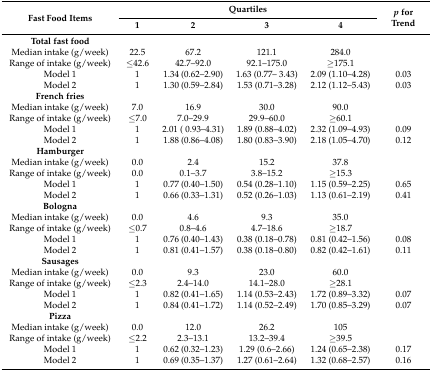
<table><thead><tr><td rowspan="2"><b>Fast Food Items</b></td><td colspan="4"><b>Quartiles</b></td><td rowspan="2"><b><i>p</i> for Trend</b></td></tr><tr><td><b>1</b></td><td><b>2</b></td><td><b>3</b></td><td><b>4</b></td></tr></thead><tbody><tr><td><b>Total fast food</b></td><td></td><td></td><td></td><td></td><td></td></tr><tr><td>Median intake (g/week)</td><td>22.5</td><td>67.2</td><td>121.1</td><td>284.0</td><td></td></tr><tr><td>Range of intake (g/week)</td><td>≤42.6</td><td>42.7–92.0</td><td>92.1–175.0</td><td>≥175.1</td><td></td></tr><tr><td>Model 1</td><td>1</td><td>1.34 (0.62–2.90)</td><td>1.63 (0.77– 3.43)</td><td>2.09 (1.10–4.28)</td><td>0.03</td></tr><tr><td>Model 2</td><td>1</td><td>1.30 (0.59–2.84)</td><td>1.53 (0.71–3.28)</td><td>2.12 (1.12–5.43)</td><td>0.03</td></tr><tr><td><b>French fries</b></td><td></td><td></td><td></td><td></td><td></td></tr><tr><td>Median intake (g/week)</td><td>7.0</td><td>16.9</td><td>30.0</td><td>90.0</td><td></td></tr><tr><td>Range of intake (g/week)</td><td>≤7.0</td><td>7.0–29.9</td><td>29.9–60.0</td><td>≥60.1</td><td></td></tr><tr><td>Model 1</td><td>1</td><td>2.01 ( 0.93–4.31)</td><td>1.89 (0.88–4.02)</td><td>2.32 (1.09–4.93)</td><td>0.09</td></tr><tr><td>Model 2</td><td>1</td><td>1.88 (0.86–4.08)</td><td>1.80 (0.83–3.90)</td><td>2.18 (1.05–4.70)</td><td>0.12</td></tr><tr><td><b>Hamburger</b></td><td></td><td></td><td></td><td></td><td></td></tr><tr><td>Median intake (g/week)</td><td>0.0</td><td>2.4</td><td>15.2</td><td>37.8</td><td></td></tr><tr><td>Range of intake (g/week)</td><td>0.0</td><td>0.1–3.7</td><td>3.8–15.2</td><td>≥15.3</td><td></td></tr><tr><td>Model 1</td><td>1</td><td>0.77 (0.40–1.50)</td><td>0.54 (0.28–1.10)</td><td>1.15 (0.59–2.25)</td><td>0.65</td></tr><tr><td>Model 2</td><td>1</td><td>0.66 (0.33–1.31)</td><td>0.52 (0.26–1.03)</td><td>1.13 (0.61–2.19)</td><td>0.41</td></tr><tr><td><b>Bologna</b></td><td></td><td></td><td></td><td></td><td></td></tr><tr><td>Median intake (g/week)</td><td>0.0</td><td>4.6</td><td>9.3</td><td>35.0</td><td></td></tr><tr><td>Range of intake (g/week)</td><td>≤0.7</td><td>0.8–4.6</td><td>4.7–18.6</td><td>≥18.7</td><td></td></tr><tr><td>Model 1</td><td>1</td><td>0.76 (0.40–1.43)</td><td>0.38 (0.18–0.78)</td><td>0.81 (0.42–1.56)</td><td>0.08</td></tr><tr><td>Model 2</td><td>1</td><td>0.81 (0.41–1.57)</td><td>0.38 (0.18–0.80)</td><td>0.82 (0.42–1.61)</td><td>0.11</td></tr><tr><td><b>Sausages</b></td><td></td><td></td><td></td><td></td><td></td></tr><tr><td>Median intake (g/week)</td><td>0.0</td><td>9.3</td><td>23.0</td><td>60.0</td><td></td></tr><tr><td>Range of intake (g/week)</td><td>≤2.3</td><td>2.4–14.0</td><td>14.1–28.0</td><td>≥28.1</td><td></td></tr><tr><td>Model 1</td><td>1</td><td>0.82 (0.41–1.65)</td><td>1.14 (0.53–2.43)</td><td>1.72 (0.89–3.32)</td><td>0.07</td></tr><tr><td>Model 2</td><td>1</td><td>0.84 (0.41–1.72)</td><td>1.14 (0.52–2.49)</td><td>1.70 (0.85–3.29)</td><td>0.07</td></tr><tr><td><b>Pizza</b></td><td></td><td></td><td></td><td></td><td></td></tr><tr><td>Median intake (g/week)</td><td>0.0</td><td>12.0</td><td>26.2</td><td>105</td><td></td></tr><tr><td>Range of intake (g/week)</td><td>≤2.2</td><td>2.3–13.1</td><td>13.2–39.4</td><td>≥39.5</td><td></td></tr><tr><td>Model 1</td><td>1</td><td>0.62 (0.32–1.23)</td><td>1.29 (0.6–2.66)</td><td>1.24 (0.65–2.38)</td><td>0.17</td></tr><tr><td>Model 2</td><td>1</td><td>0.69 (0.35–1.37)</td><td>1.27 (0.61–2.64)</td><td>1.32 (0.68–2.57)</td><td>0.16</td></tr></tbody></table>